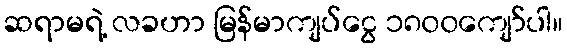
ဆရာမရဲ့ လခဟာ မြန်မာကျပ်ငွေ ၁၈၀၀ကျော်ပါ။